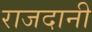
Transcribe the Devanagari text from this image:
राजदानी